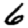
Digit: 6